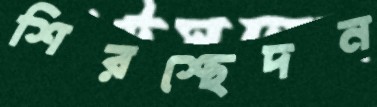
শিরশ্ছেদন